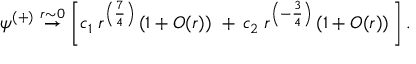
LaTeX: \psi ^ { ( + ) } \stackrel { r \sim 0 } { \rightarrow } \left[ c _ { 1 } \; r ^ { \left( { \frac { 7 } { 4 } } \right) } \left( 1 + { \cal O } ( r ) \right) \, \, + \, c _ { 2 } \; r ^ { \left( - { \frac { 3 } { 4 } } \right) } \left( 1 + { \cal O } ( r ) \right) \, \right] .